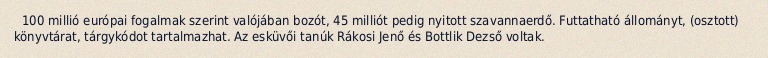
100 millió európai fogalmak szerint valójában bozót, 45 milliót pedig nyitott szavannaerdő. Futtatható állományt, (osztott) könyvtárat, tárgykódot tartalmazhat. Az esküvői tanúk Rákosi Jenő és Bottlik Dezső voltak.